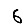
Digit: 6